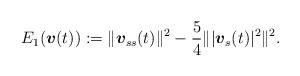
\begin{align*}E_{1}(\mbox{\mathversion{bold}$v$}(t)):=\|\mbox{\mathversion{bold}$v$}_{ss}(t)\|^{2}-\frac{5}{4}\| \lvert \mbox{\mathversion{bold}$v$}_{s}(t)\rvert ^{2} \|^{2}.\end{align*}